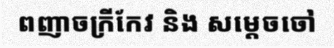
ពញាចក្រីកែវ និង សម្តេចចៅ